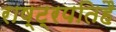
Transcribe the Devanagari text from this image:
राष्ट्रपतिहै